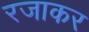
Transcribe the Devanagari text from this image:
रजाकर